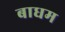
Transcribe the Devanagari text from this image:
बाधम